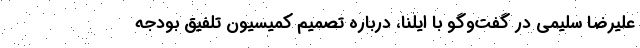
علیرضا سلیمی در گفت‌وگو با ایلنا، درباره تصمیم کمیسیون تلفیق بودجه